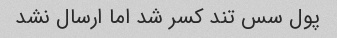
پول سس تند کسر شد اما ارسال نشد